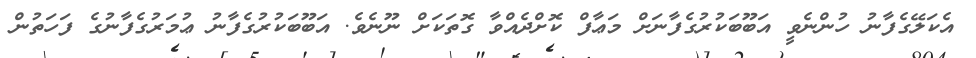
އެކަލޭގެފާނު ހުންނެވީ އަބޫބަކުރުގެފާނަށް މަޢާފް ކޮށްދެއްވާ ގޮތަކަށް ނޫނެވެ. އަބޫބަކުރުގެފާނު ޢުމަރުގެފާނުގެ ފަހަތުން